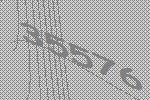
35576